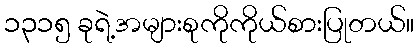
၁၃၁၅ ခုရဲ့အများစုကိုကိုယ်စားပြုတယ်။